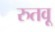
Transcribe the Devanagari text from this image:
रुतवू